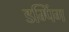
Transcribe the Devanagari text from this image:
डम्पिंग